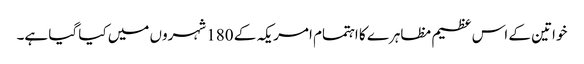
خواتین کے اس عظیم مظاہرے کا اہتمام امریکہ کے 180 شہروں میں کیا گیا ہے۔